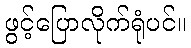
ဖွင့်ပြောလိုက်ရုံပင်။